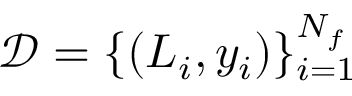
\mathcal { D } = \{ ( L _ { i } , y _ { i } ) \} _ { i = 1 } ^ { N _ { f } }